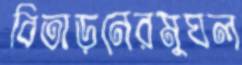
বিতাড়নেরমুঘল